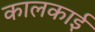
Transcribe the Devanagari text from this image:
कालकाई